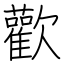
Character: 歡